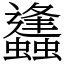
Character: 蠭